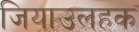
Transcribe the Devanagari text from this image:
जियाउलहक